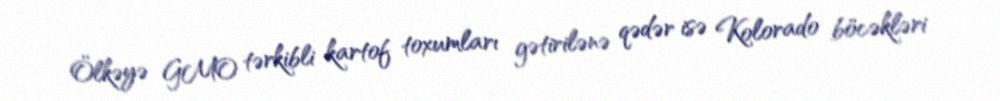
Ölkəyə GMO tərkibli kartof toxumları gətirilənə qədər isə Kolorado böcəkləri